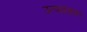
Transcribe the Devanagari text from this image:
उत्पद्यमान